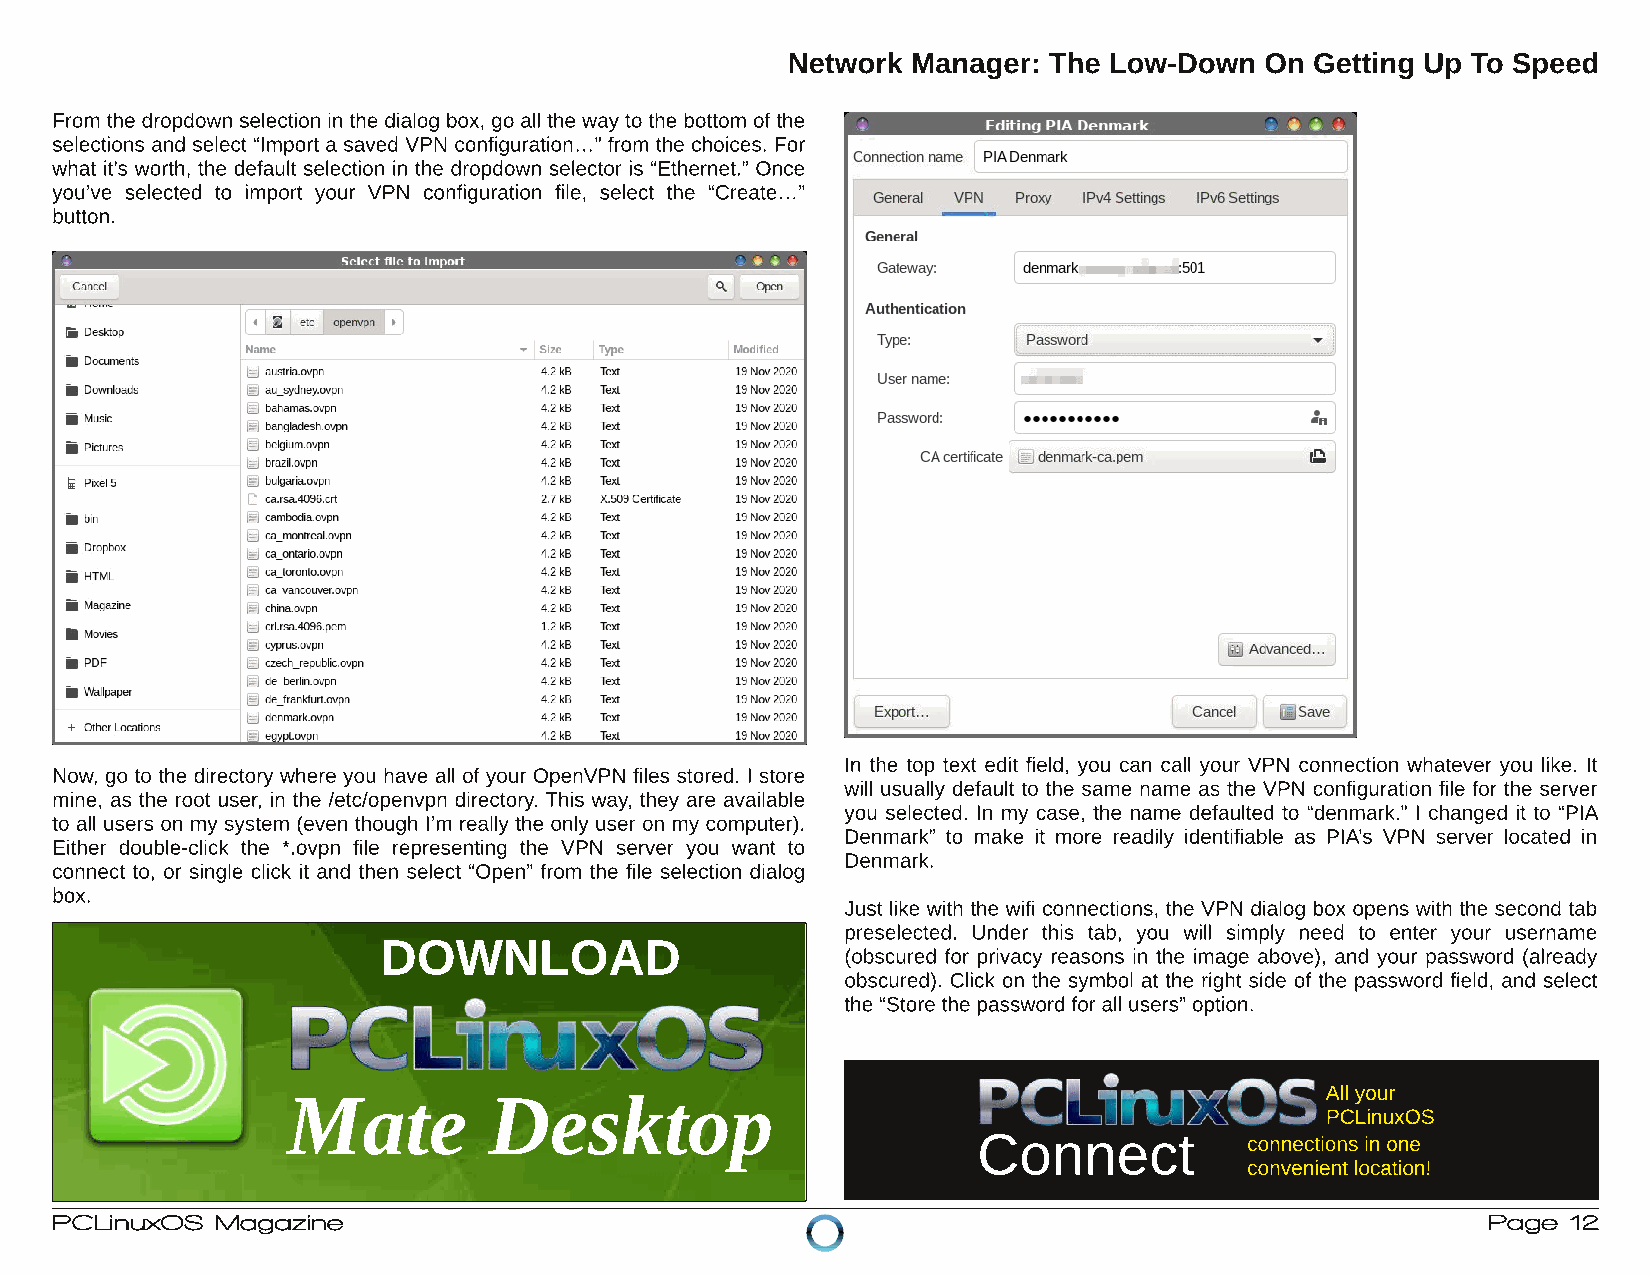
Network Manager: The Low-Down   On Getting Up To Speed
 From the dropdown selection in the dialog box, go all the wayto the bottom ofthe
 selections and select “Import a saved VPN configuration…” from the choices. For
 what it’s worth, the default selection in the dropdown selector is “Ethernet.” Once
 you’ve selected to import your VPN configuration file, select the “Create…”
 button.
 In the top text edit field, you can call your VPN connection whatever you like. It
 Now, go to the directory where you have all of your OpenVPN files stored. I store
 will usually default to the same name as the VPN configuration file for the server
 mine, as the root user, in the /etc/openvpn directory. This way, they are available
 you selected. In my case, the name defaulted to “denmark.” I changed it to “PIA
 to all users on my system (even though I’m really the only user on my computer).
 Denmark” to make it more readily identifiable as PIA’s VPN server located in
 Either double-click the *.ovpn file representing the VPN server you want to
 Denmark.
 connect to, or single click it and then select “Open” from the file selection dialog
 box.
 Just like with the wifi connections, the VPN dialog box opens with the second tab
 preselected. Under this tab, you will simply need to enter your username
 DOWNLOAD
 (obscured for privacy reasons in the image above), and your password (already
 obscured). Click on the symbol at the right side of the password field, and select
 the “Store the password forall users” option.
 Mate         Desktop                                                 All your
 PCLinuxOS
 Connect           connections in one
 convenientlocation!
 PCLinuxOS  Magazine                                                                            Page  12